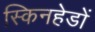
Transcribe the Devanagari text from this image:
स्किनहेडों